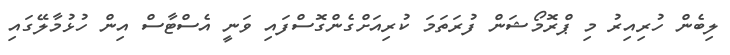
ލިބެން ހުރިއިރު މި ޕްރޮމޯޝަން ފުރަތަމަ ކުރިއަށްގެންގޮސްފައި ވަނީ އެސްޓާސް އިން ހުޅުމާލޭގައި